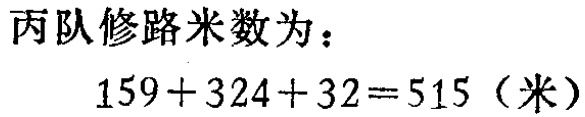
丙队修路米数为：
\[159 + 324 + 32 = 515（米）\]